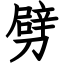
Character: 劈